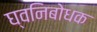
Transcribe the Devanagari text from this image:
घ्वनिबोधक